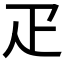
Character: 疋